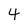
Character: 4